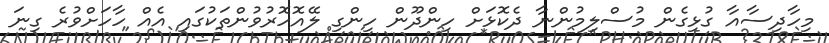
މިހާދިސާއާ ގުޅިގެން މުސްލިމުންނާ ދެކޮޅަށް ހިންދޫން ހިންގި ލޭއޮހޮރުވުންތަކުގައި އެއް ހާހަށްވުރެ ގިނަ